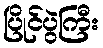
ပြိုင်ပွဲကြီး